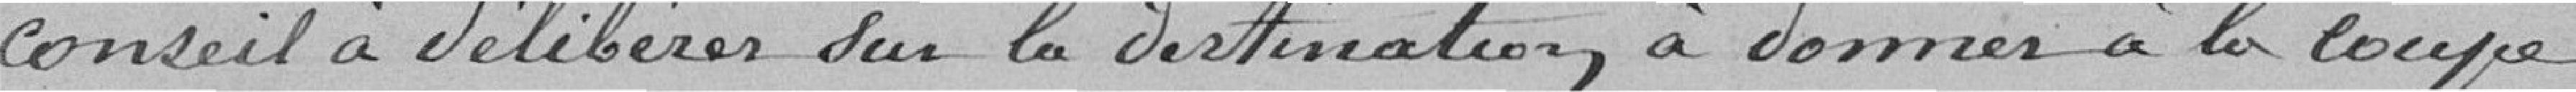
conseil à délibérer sur la destination à donner à la coupe